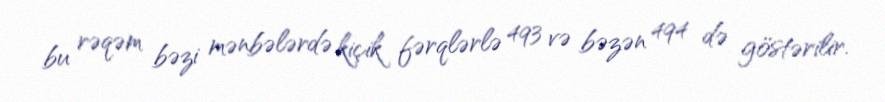
bu rəqəm bəzi mənbələrdə kiçik fərqlərlə 493 və bəzən 494 də göstərilir.